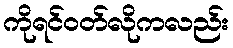
ကိုရင်ဝတ်လိုကလည်း